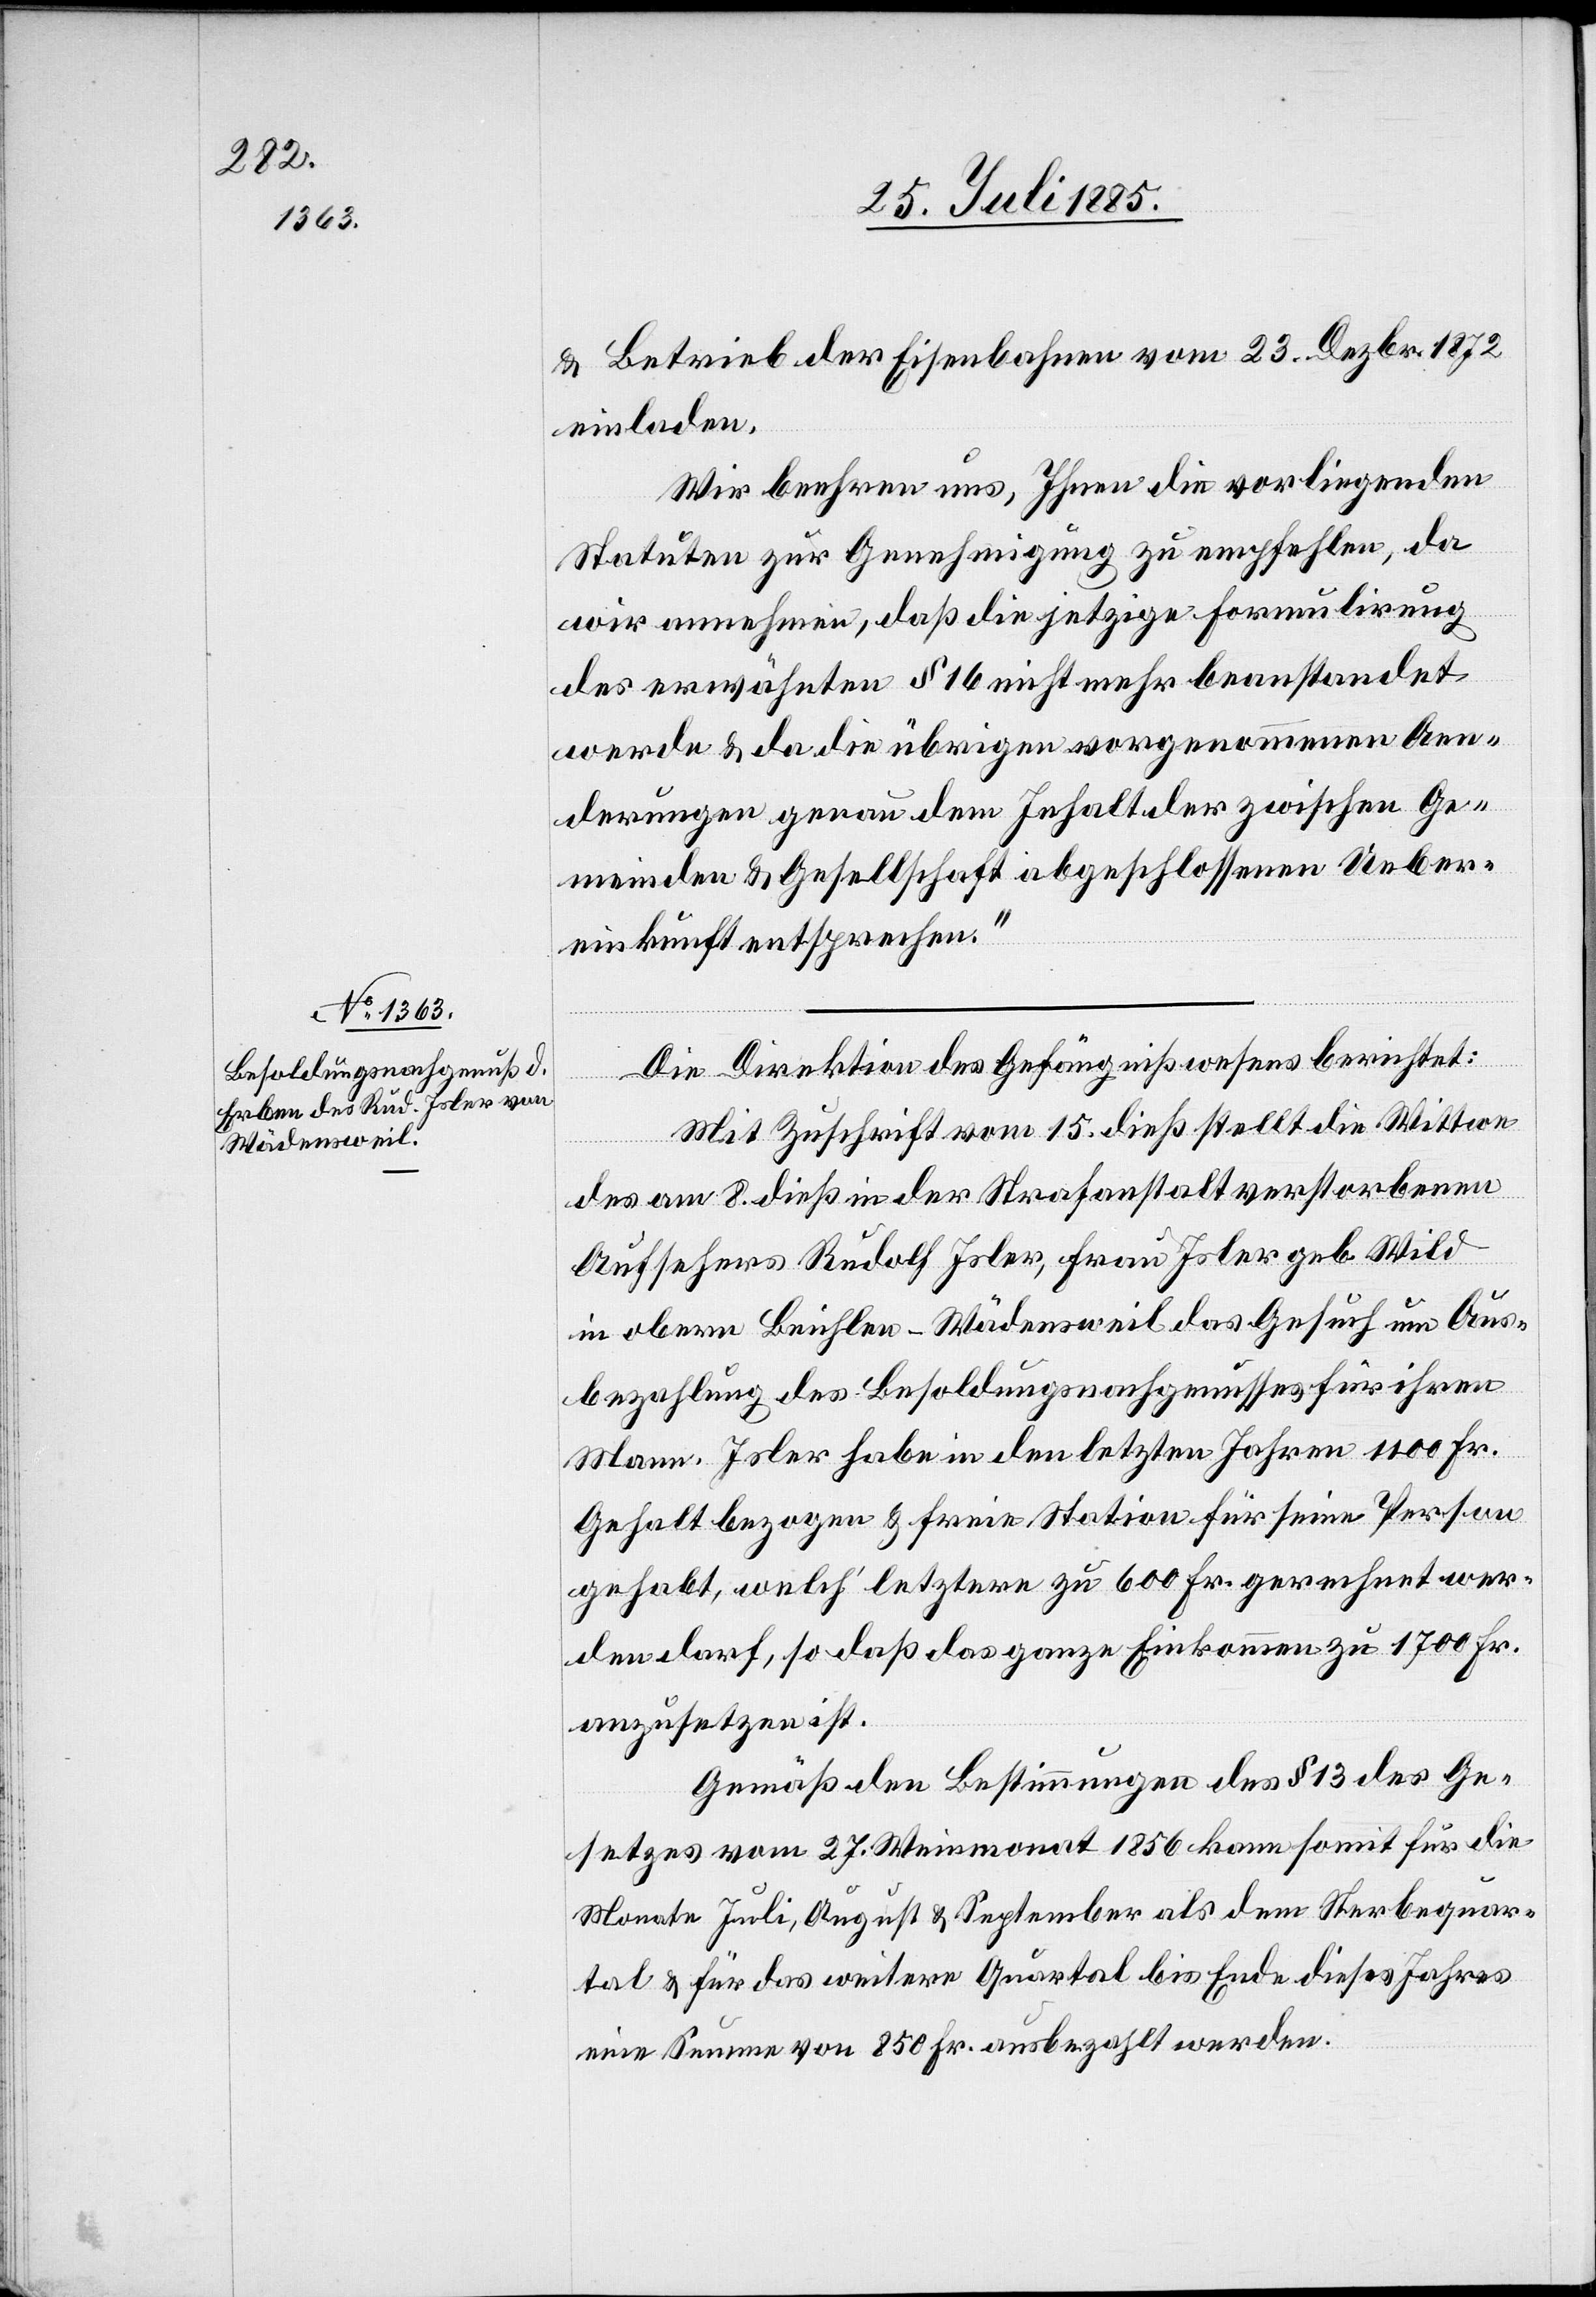
& Betrieb der Eisenbahnen vom 23. Dezbr. 1872
einladen.
Wir beehren uns, Ihnen die vorliegenden
Statuten zur Genehmigung zu empfehlen, da
wir annehmen, daß die jetzige Fomulirung
des erwähnten § 16 nicht mehr beanstandet
werde & da die übrigen vorgenommenen Aen¬
derungen genau dem Inhalt der zwischen Ge¬
meinden & Gesellschaft abgeschlossenen Ueber¬
einkunft entsprechen.“
Die Direktion des Gefängnißwesens berichtet:
Mit Zuschrift vom 15. dieß stellt die Wittwe
des am 8. dieß in der Strafanstalt verstorbenen
Aufsehers Rudolf Isler, Frau Isler geb. Wild
in obern Beichlen [sic!] - Wädensweil das Gesuch um Aus¬
bezahlung des Besoldungsnachgenusses für ihren
Mann. Isler habe in den letzten Jahren 1100 Fr.
Gehalt bezogen & freie Station für seien Person
gehabt, welch‘ letztere zu 600 Fr. gerechnet wer¬
den darf, so daß das ganze Einkommen zu 1700 Fr.
anzusetzen ist.
Gemäß den Bestimmungen des § 13 des Ge¬
setzes vom 27. Weinmonat 1856 kann somit für die
Monate Juli, August & September als dem Sterbequar¬
tal & für das weitere Quartal bis Ende dieses Jahres
eine Summe von 850 Fr. ausbezahlt werden.